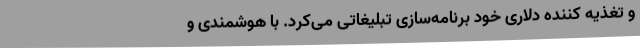
و تغذیه کننده دلاری خود برنامه‌سازی تبلیغاتی می‌کرد. با هوشمندی و